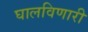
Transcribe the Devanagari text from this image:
घालविणारी